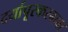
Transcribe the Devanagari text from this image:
दर्यापूरकरबाबा